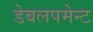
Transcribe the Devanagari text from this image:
डेबलपमेन्ट